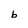
Character: b